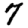
Digit: 7